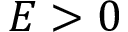
E > 0